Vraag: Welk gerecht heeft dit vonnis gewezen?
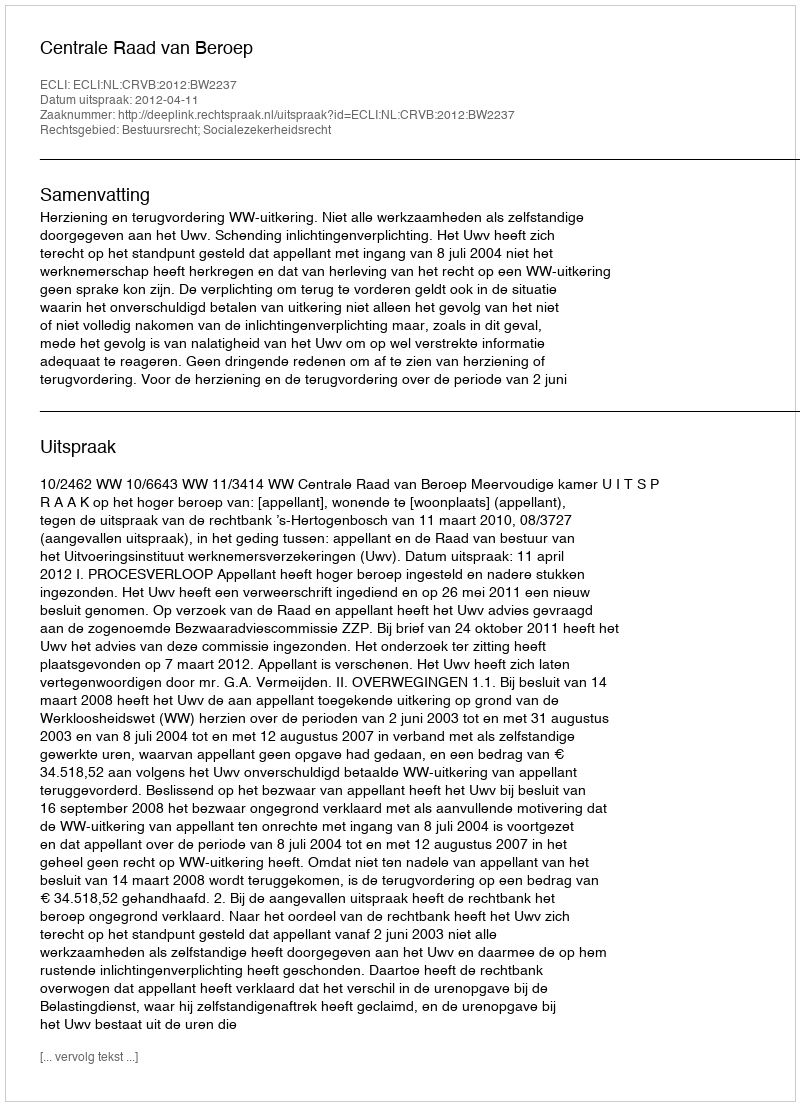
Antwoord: Centrale Raad van Beroep